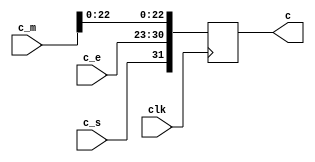
`timescale 1ns / 1ps
//////////////////////////////////////////////////////////////////////////////////
// Company: 
// Engineer: 
// 
// Design Name: 
// Module Name:    buf35 
// Project Name: 
// Target Devices: 
// Tool versions: 
// Description: 
//
// Dependencies: 
//
// Revision: 
// Revision 0.01 - File Created
// Additional Comments: 
//
//////////////////////////////////////////////////////////////////////////////////
module buf35(
    input [23:0] c_m,
    input [7:0] c_e,
    input c_s,
    input clk,
    output reg [31:0] c
    );
always @(posedge clk) begin

c<={c_s,c_e,c_m[22:0]};

end

endmodule